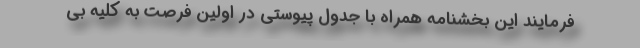
فرمایند این بخشنامه همراه با جدول پیوستی در اولین فرصت به کلیه بی